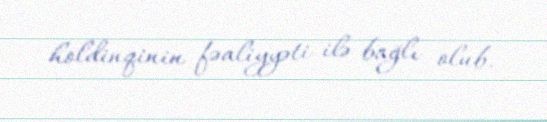
holdinqinin fəaliyyəti ilə bağlı olub.